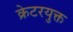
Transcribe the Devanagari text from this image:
क्रेटरयुक्त